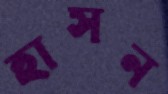
হাসন